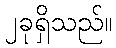
၂ခုရှိသည်။